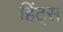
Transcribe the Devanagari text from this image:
हिंट्स